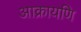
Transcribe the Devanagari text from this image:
आक्रायणि